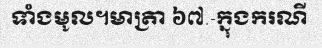
ទាំងមូល។មាត្រា ៦៧.-ក្នុងករណី